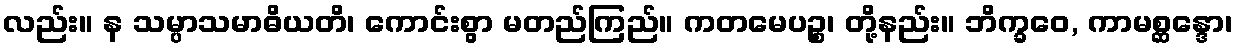
လည်း။ န သမ္ပာသမာဓိယတိ၊ ကောင်းစွာ မတည်ကြည်။ ကတမေပဉ္စ၊ တို့နည်း။ ဘိက္ခဝေ, ကာမစ္ဆန္ဒော၊